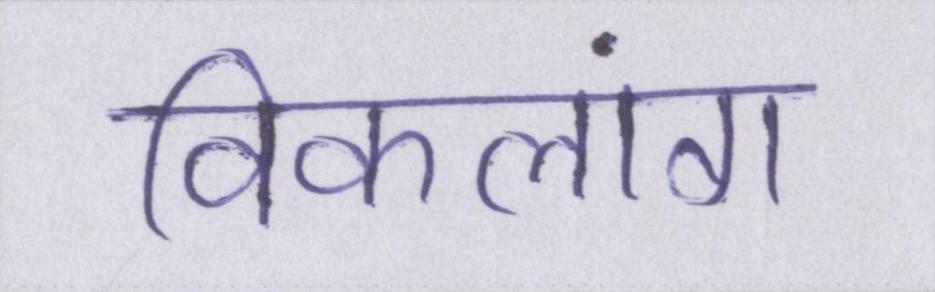
विकलांग